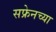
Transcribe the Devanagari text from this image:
सफ्रेनच्या